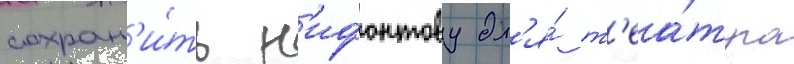
сохран'и́ть н'ифонтову дл'я́ т'еа́тра